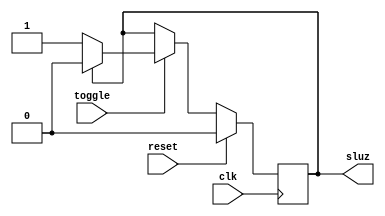
module boton(
  output reg sluz,
  input wire clk,
  input reset,
  input toggle);

  always @(posedge clk)
  begin
        if(reset==0)
          if(toggle==1)
           if(sluz==0)
            sluz<=1;
              else
            sluz<=0;
            else
          sluz<=sluz;
          else
        sluz<=0;
  end
endmodule